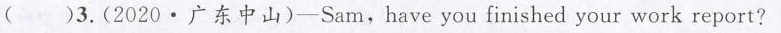
( )3,(2020·广东中山)-Sam,have you finished your work report?